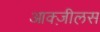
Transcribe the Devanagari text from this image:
आक्ज़ीलस